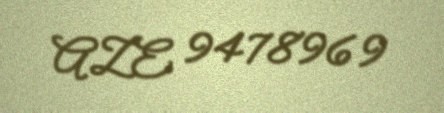
AZE 9478969